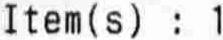
ITEM(S) : 1